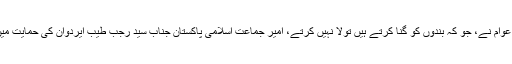
اس موقعے پر ترکی کے باشعور عوام نے، جو کہ بندوں کو گنا کرتے ہیں تولا نہیں کرتے، امیر جماعت اسلامی پاکستان جناب سید رجب طیب ایردوان کی حمایت میں سڑکوں اور چوراہوں کا رخ کیا۔